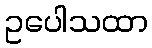
ဥပေါသထာ